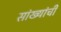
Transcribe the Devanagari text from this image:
सांख्यांची